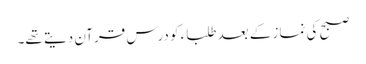
صبح کی نماز کے بعد طلباء کو درسِ قرآن دیتے تھے۔